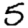
Digit: 5